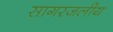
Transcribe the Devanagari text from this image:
सागरजलीय